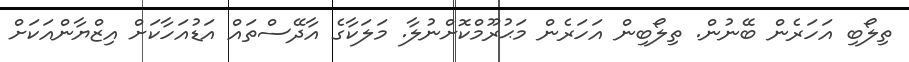
ތިލޯބި އަހަރެން ބޭނުން. ތިލޯބިން އަހަރެން މަޙުރޫމްކޮށްނުލާ. މަލަކާގެ އާދޭސްތައް އަޑުއަހާކަށް އިޒްޔާންއަކަށް